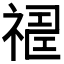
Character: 𥛈